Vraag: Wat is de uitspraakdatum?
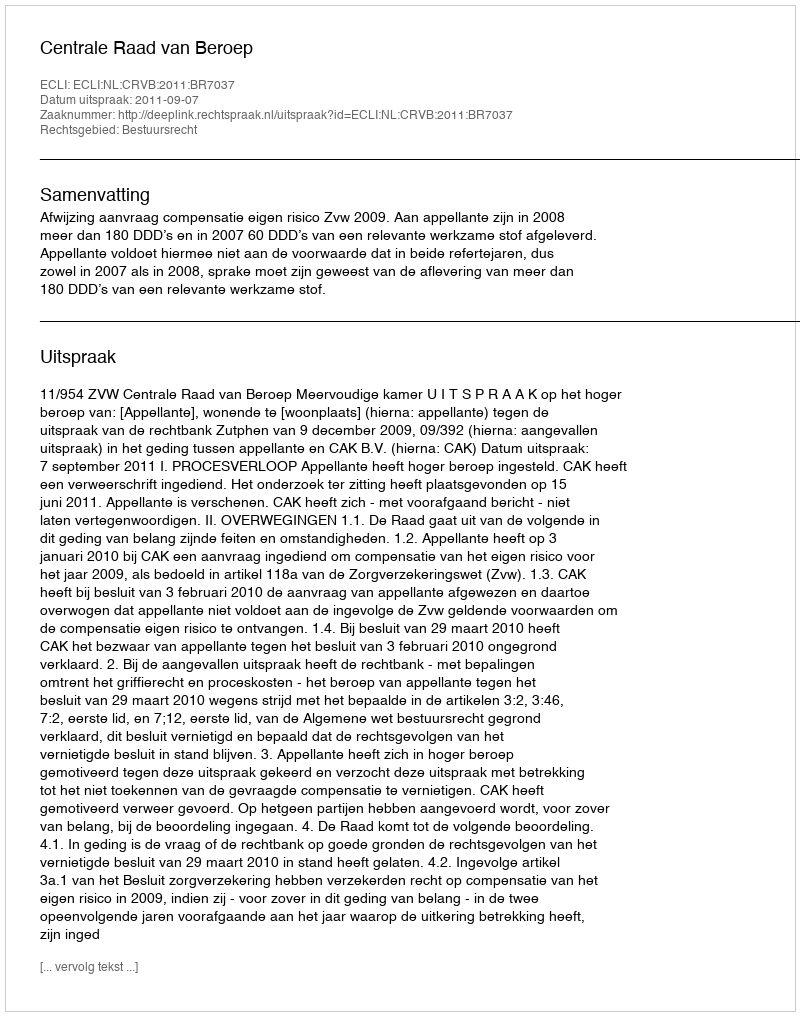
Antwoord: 2011-09-07